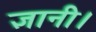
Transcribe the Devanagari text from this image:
ज्ञानी।